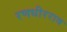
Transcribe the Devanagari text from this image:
रणधीरराव